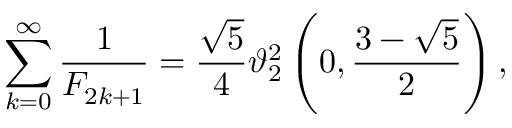
\sum _ { k = 0 } ^ { \infty } { \frac { 1 } { F _ { 2 k + 1 } } } = { \frac { \sqrt { 5 } } { 4 } } \vartheta _ { 2 } ^ { 2 } \left( 0 , { \frac { 3 - { \sqrt { 5 } } } { 2 } } \right) ,